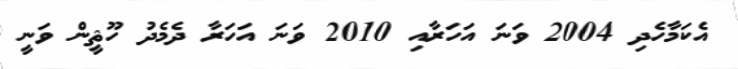
އެކަމާހެދި 2004 ވަނަ އަހަރާއި 2010 ވަނަ އަހަރާ ދެމެދު ހޫޘީން ވަނީ